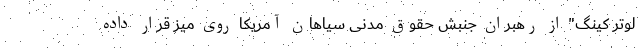
لوتر کینگ" از رهبران جنبش حقوق مدنی سیاهان آمریکا روی میز قرار داده